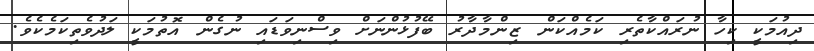
ދިއުމަކީ ކިހާ ނުރައްކާތެރި ކަމެއްކަން ޒިންމާދާރު ބޭފުޅުންނަށް ވިސްނިވަޑައި ނުގެން އޮތުމަކީ ލަދުވެތިކަމެކެވެ.